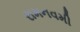
રામનવમી